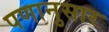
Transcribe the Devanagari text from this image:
पणानुसार